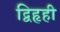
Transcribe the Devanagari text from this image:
द्विहृही